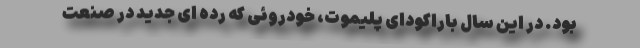
بود. در این سال باراکودای پلیموت، خودروئی که رده ای جدید در صنعت